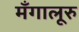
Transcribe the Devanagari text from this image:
मँगालूरु